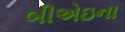
બીએઇના